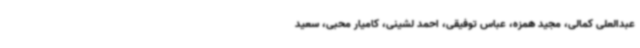
عبدالعلی کمالی، مجید همزه، عباس توفیقی، احمد لشینی، کامیار محبی، سعید